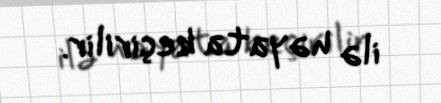
ilə həyata keçirilir.